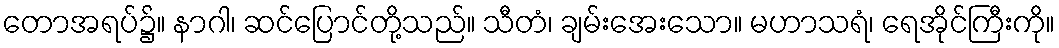
တောအရပ်၌။ နာဂါ၊ ဆင်ပြောင်တို့သည်။ သီတံ၊ ချမ်းအေးသော။ မဟာသရံ၊ ရေအိုင်ကြီးကို။